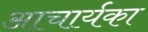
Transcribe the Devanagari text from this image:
आचार्यका